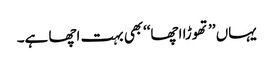
یہاں ’’تھوڑا اچھا‘‘بھی بہت اچھا ہے۔